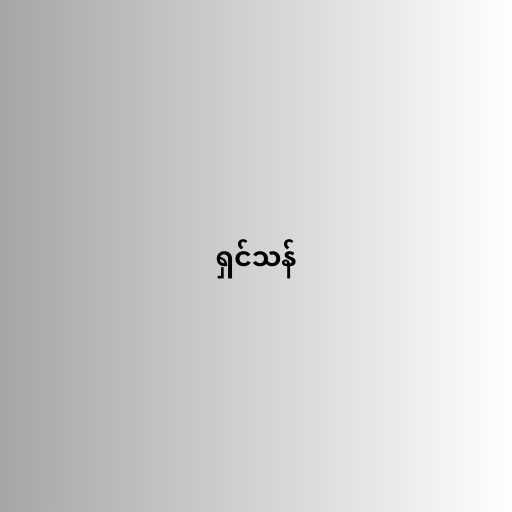
ရှင်သန်